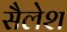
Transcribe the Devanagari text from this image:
सैलेश